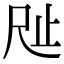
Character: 𣥉